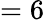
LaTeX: =6